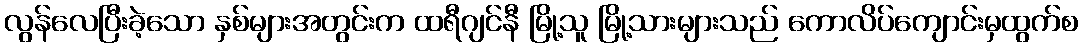
လွန်လေပြီးခဲ့သော နှစ်များအတွင်းက ထရီဂျင်နီ မြို့သူ မြို့သားများသည် ကောလိပ်ကျောင်းမှထွက်စ